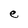
Character: e